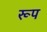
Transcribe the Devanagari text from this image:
रूप